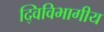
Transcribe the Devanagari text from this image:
द्विविभागीय